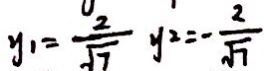
y _ { 1 } = \frac { 2 } { \sqrt { 7 } } y ^ { 2 } = - \frac { 2 } { \sqrt { 7 } }